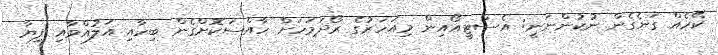
ކޭހެއް ގަނެގެން ނުކުންނަނީ: އެސްޓީއޯއިން މިއަހަރުގެ ރޯދަމަހަށް ހާއްސަކޮށްގެން ބިހާއި އަލުއްވާއި ފިޔާ